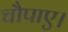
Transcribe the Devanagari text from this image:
चौपाए।